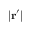
| \mathbf { r ^ { \prime } } |